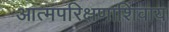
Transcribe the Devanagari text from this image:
आत्मपरिक्षणाशिवाय